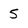
Character: 5